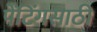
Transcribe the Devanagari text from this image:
पेंटिंगसाठी